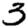
Digit: 3